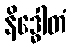
နိဒ္ဓေါတံ